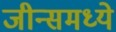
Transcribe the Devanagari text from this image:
जीन्समध्ये